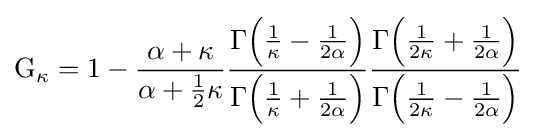
\operatorname {G} _{\kappa }=1-{\frac {\alpha +\kappa }{\alpha +{\frac {1}{2}}\kappa }}{\frac {\Gamma {\Big (}{\frac {1}{\kappa }}-{\frac {1}{2\alpha }}{\Big )}}{\Gamma {\Big (}{\frac {1}{\kappa }}+{\frac {1}{2\alpha }}{\Big )}}}{\frac {\Gamma {\Big (}{\frac {1}{2\kappa }}+{\frac {1}{2\alpha }}{\Big )}}{\Gamma {\Big (}{\frac {1}{2\kappa }}-{\frac {1}{2\alpha }}{\Big )}}}